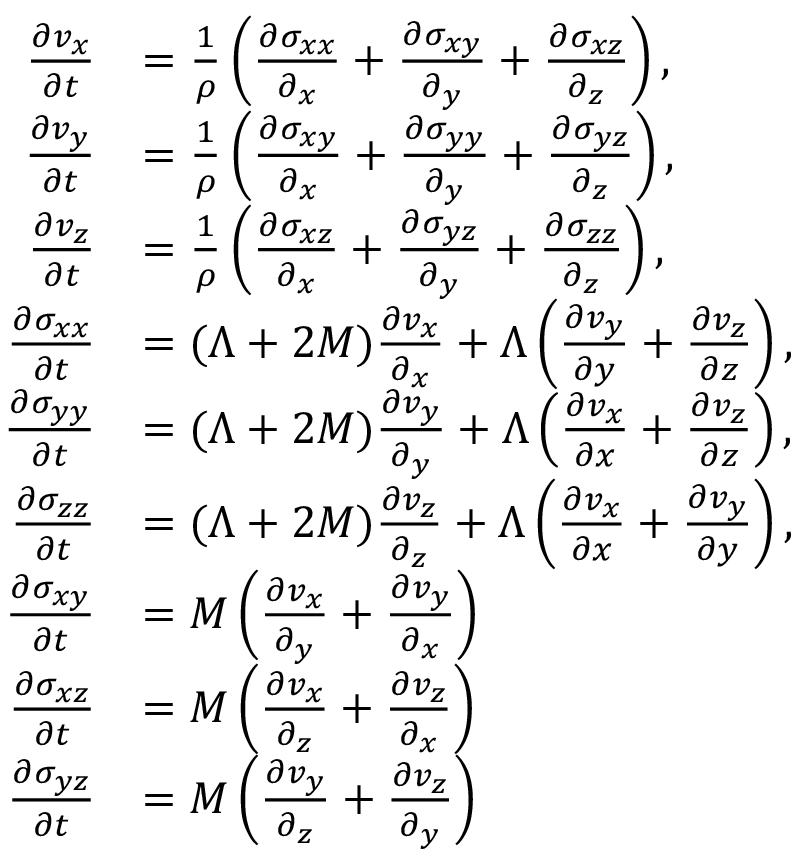
\begin{array} { r l } { \frac { \partial v _ { x } } { \partial t } } & { = \frac { 1 } { \rho } \left( \frac { \partial \sigma _ { x x } } { \partial _ { x } } + \frac { \partial \sigma _ { x y } } { \partial _ { y } } + \frac { \partial \sigma _ { x z } } { \partial _ { z } } \right) , } \\ { \frac { \partial v _ { y } } { \partial t } } & { = \frac { 1 } { \rho } \left( \frac { \partial \sigma _ { x y } } { \partial _ { x } } + \frac { \partial \sigma _ { y y } } { \partial _ { y } } + \frac { \partial \sigma _ { y z } } { \partial _ { z } } \right) , } \\ { \frac { \partial v _ { z } } { \partial t } } & { = \frac { 1 } { \rho } \left( \frac { \partial \sigma _ { x z } } { \partial _ { x } } + \frac { \partial \sigma _ { y z } } { \partial _ { y } } + \frac { \partial \sigma _ { z z } } { \partial _ { z } } \right) , } \\ { \frac { \partial \sigma _ { x x } } { \partial t } } & { = ( \Lambda + 2 M ) \frac { \partial v _ { x } } { \partial _ { x } } + \Lambda \left( \frac { \partial v _ { y } } { \partial y } + \frac { \partial v _ { z } } { \partial z } \right) , } \\ { \frac { \partial \sigma _ { y y } } { \partial t } } & { = ( \Lambda + 2 M ) \frac { \partial v _ { y } } { \partial _ { y } } + \Lambda \left( \frac { \partial v _ { x } } { \partial x } + \frac { \partial v _ { z } } { \partial z } \right) , } \\ { \frac { \partial \sigma _ { z z } } { \partial t } } & { = ( \Lambda + 2 M ) \frac { \partial v _ { z } } { \partial _ { z } } + \Lambda \left( \frac { \partial v _ { x } } { \partial x } + \frac { \partial v _ { y } } { \partial y } \right) , } \\ { \frac { \partial \sigma _ { x y } } { \partial t } } & { = M \left( \frac { \partial v _ { x } } { \partial _ { y } } + \frac { \partial v _ { y } } { \partial _ { x } } \right) } \\ { \frac { \partial \sigma _ { x z } } { \partial t } } & { = M \left( \frac { \partial v _ { x } } { \partial _ { z } } + \frac { \partial v _ { z } } { \partial _ { x } } \right) } \\ { \frac { \partial \sigma _ { y z } } { \partial t } } & { = M \left( \frac { \partial v _ { y } } { \partial _ { z } } + \frac { \partial v _ { z } } { \partial _ { y } } \right) } \end{array}